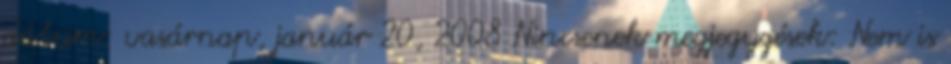
dátum: vasárnap, január 20, 2008 Nincsenek megjegyzések: Nem is